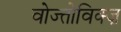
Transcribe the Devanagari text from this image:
वोज्तोविक्ज़